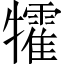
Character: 𤜅